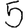
Digit: 5